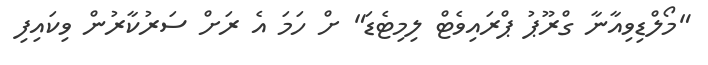
"މޯލްޑިވިއާނާ ގްރޫޕު ޕްރައިވެޓް ލިމިޓެޑަ" ށް ހަމަ އެ ރަށް ސަރުކާރުން ވިކައިފި